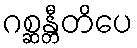
ဂစ္ဆန္တီတိပေ